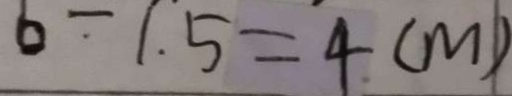
6 \div 1 . 5 = 4 ( m )